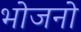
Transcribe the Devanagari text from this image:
भोजनो